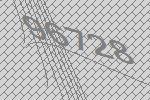
96728